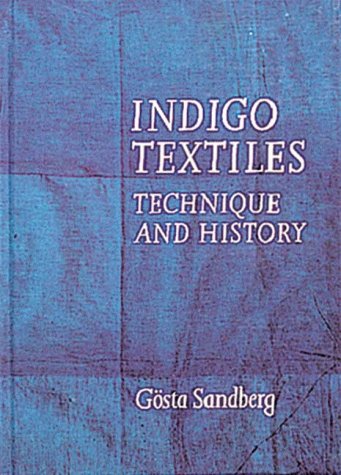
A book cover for Indigo Textiles: Technique and History; Gosta Sandberg; Crafts, Hobbies & Home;